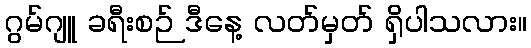
ဂွမ်ဂျူ ခရီးစဉ် ဒီနေ့ လတ်မှတ် ရှိပါသလား။